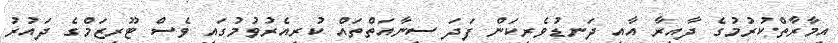
އިމާރާތްކުރުމުގެ ދާއިރާ އާއި ދަނޑުވެރިކަން ފަދަ ސިނާއަތްތައް ކުރިއެރުވުމުގައި ވެސް ޓޫރިޒަމްގެ ދައުރު